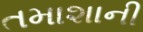
તમાશાની